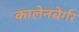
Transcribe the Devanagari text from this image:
कालेनबेर्गर